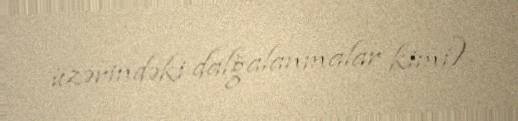
üzərindəki dalğalanmalar kimi).